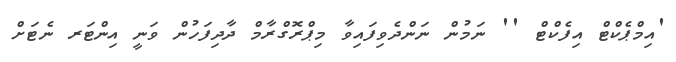
'އިމްޕެކްޓް އިފެކްޓް '' ނަމުން ނަންދެވިފައިވާ މިޕްރޮގްރާމް ދާދިފަހުން ވަނީ އިންޓަރ ނެޓަށް